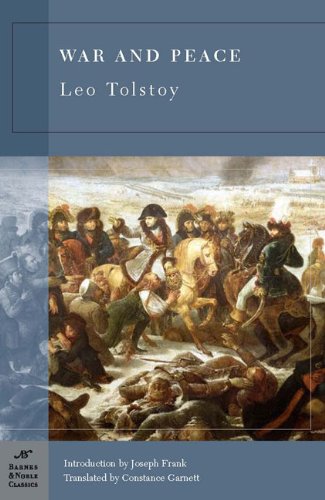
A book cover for War and Peace (Barnes & Noble Classics); Leo Tolstoy; Literature & Fiction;